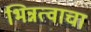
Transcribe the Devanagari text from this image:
भिन्नत्वाचा